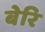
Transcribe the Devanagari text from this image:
बेरि